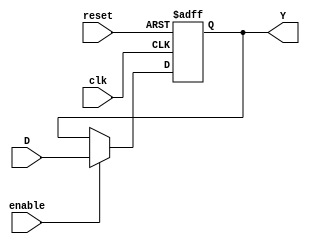
//Jose Luis Alvarez Pineda
//19392
//Seccion 21
//Laboratorio #9: Ejercicio de FF tipo D 1 bit, 2 bits y 4 bits.

module Dflop(
  input wire clk,reset,enable,D,
  output reg Y);

  always @ (posedge clk, posedge reset) begin
    if (reset == 1) Y <= 0;
    else if(enable == 1) Y <= D;
    else Y <= Y;
  end

endmodule

module Dflop2b(
  input wire clk,reset,enable,
  input wire[1:0] D,
  output wire[1:0] Y);

  Dflop bit1(clk,reset,enable,D[0],Y[0]);
  Dflop bit2(clk,reset,enable,D[1],Y[1]);

endmodule

module Dflop4b(
  input wire clk, reset,enable,
  input wire [3:0] D,
  output wire [3:0] Y);

  Dflop bit1(clk,reset,enable,D[0],Y[0]);
  Dflop bit2(clk,reset,enable,D[1],Y[1]);
  Dflop bit3(clk,reset,enable,D[2],Y[2]);
  Dflop bit4(clk,reset,enable,D[3],Y[3]);

endmodule